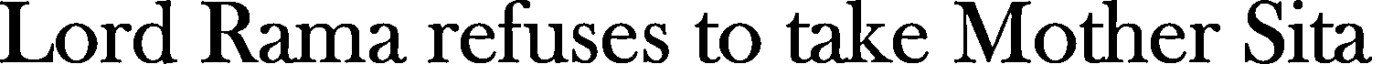
Lord Rama refuses to take Mother Sita